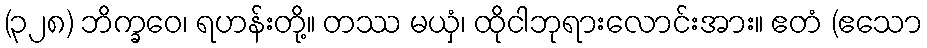
(၃၂၈) ဘိက္ခဝေ၊ ရဟန်းတို့။ တဿ မယှံ၊ ထိုငါဘုရားလောင်းအား။ ဧတံ (ဧသော